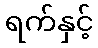
ရက်နှင့်